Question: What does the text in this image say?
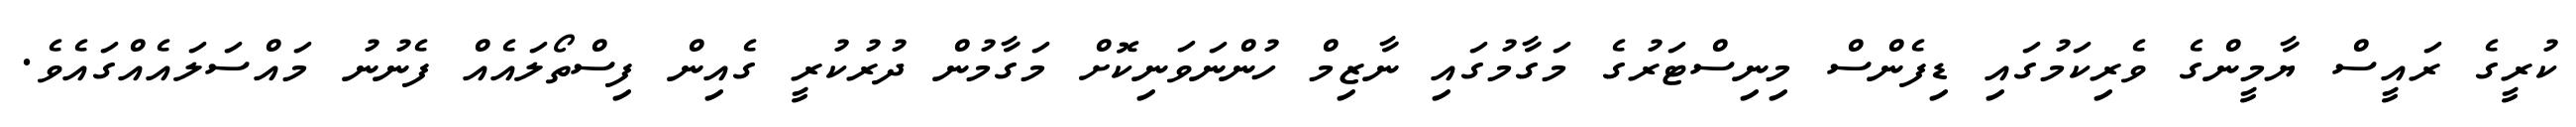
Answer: ކުރީގެ ރައީސް ޔާމީންގެ ވެރިކަމުގައި ޑިފެންސް މިނިސްޓަރުގެ މަގާމުގައި ނާޒިމް ހުންނަވަނިކޮށް މަގާމުން ދުރުކުރީ ގެއިން ފިސްތޯލައެއް ފެނުނު މައްސަލައެއްގައެވެ.